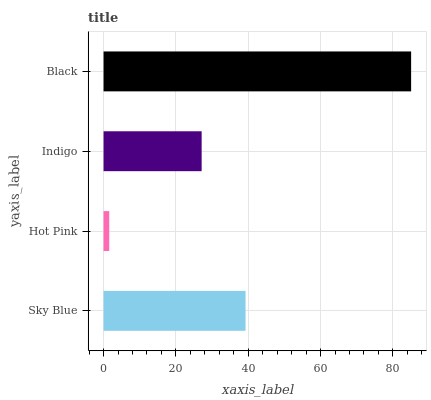
| yaxis_label | bars |
 | --- | --- |
 | Sky Blue | 39.3 |
 | Hot Pink | 1.57 |
 | Indigo | 27.1 |
 | Black | 85 |